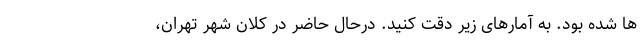
ها شده بود. به آمارهای زیر دقت کنید. درحال حاضر در کلان شهر تهران،